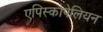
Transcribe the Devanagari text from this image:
एपिस्कोपेलियन